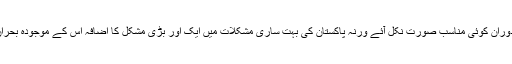
پاکستان کی کوشش تو یہی ہوگی کہ اس دوران کوئی مناسب صورت نکل آئے ورنہ پاکستان کی بہت ساری مشکلات میں ایک اور بڑی مشکل کا اضافہ اس کے موجودہ بحران میں مزید اضافے کا سبب بن سکتا ہے۔